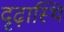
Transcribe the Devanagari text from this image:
दृढ़ास्थि